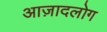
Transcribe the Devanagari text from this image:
आज़ादलोग